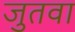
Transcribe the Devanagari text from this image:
जुतवा